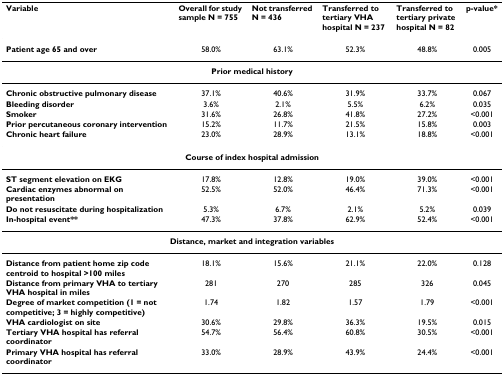
<table><thead><tr><td><b>Variable</b></td><td><b>Overall for study sample N = 755</b></td><td><b>Not transferred N = 436</b></td><td><b>Transferred to tertiary VHA hospital N = 237</b></td><td><b>Transferred to tertiary private hospital N = 82</b></td><td><b>p-value*</b></td></tr></thead><tbody><tr><td><b>Patient age 65 and over</b></td><td>58.0%</td><td>63.1%</td><td>52.3%</td><td>48.8%</td><td>0.005</td></tr><tr><td colspan="6"><b>Prior medical history</b></td></tr><tr><td><b>Chronic obstructive pulmonary disease</b></td><td>37.1%</td><td>40.6%</td><td>31.9%</td><td>33.7%</td><td>0.067</td></tr><tr><td><b>Bleeding disorder</b></td><td>3.6%</td><td>2.1%</td><td>5.5%</td><td>6.2%</td><td>0.035</td></tr><tr><td><b>Smoker</b></td><td>31.6%</td><td>26.8%</td><td>41.8%</td><td>27.2%</td><td>&lt;0.001</td></tr><tr><td><b>Prior percutaneous coronary intervention</b></td><td>15.2%</td><td>11.7%</td><td>21.5%</td><td>15.8%</td><td>0.003</td></tr><tr><td><b>Chronic heart failure</b></td><td>23.0%</td><td>28.9%</td><td>13.1%</td><td>18.8%</td><td>&lt;0.001</td></tr><tr><td colspan="6"><b>Course of index hospital admission</b></td></tr><tr><td><b>ST segment elevation on EKG</b></td><td>17.8%</td><td>12.8%</td><td>19.0%</td><td>39.0%</td><td>&lt;0.001</td></tr><tr><td><b>Cardiac enzymes abnormal on presentation</b></td><td>52.5%</td><td>52.0%</td><td>46.4%</td><td>71.3%</td><td>&lt;0.001</td></tr><tr><td><b>Do not resuscitate during hospitalization</b></td><td>5.3%</td><td>6.7%</td><td>2.1%</td><td>5.2%</td><td>0.039</td></tr><tr><td><b>In-hospital event**</b></td><td>47.3%</td><td>37.8%</td><td>62.9%</td><td>52.4%</td><td>&lt;0.001</td></tr><tr><td colspan="6"><b>Distance, market and integration variables</b></td></tr><tr><td><b>Distance from patient home zip code centroid to hospital &gt;100 miles</b></td><td>18.1%</td><td>15.6%</td><td>21.1%</td><td>22.0%</td><td>0.128</td></tr><tr><td><b>Distance from primary VHA to tertiary VHA hospital in miles</b></td><td>281</td><td>270</td><td>285</td><td>326</td><td>0.045</td></tr><tr><td><b>Degree of market competition (1 = not competitive; 3 = highly competitive)</b></td><td>1.74</td><td>1.82</td><td>1.57</td><td>1.79</td><td>&lt;0.001</td></tr><tr><td><b>VHA cardiologist on site</b></td><td>30.6%</td><td>29.8%</td><td>36.3%</td><td>19.5%</td><td>0.015</td></tr><tr><td><b>Tertiary VHA hospital has referral coordinator</b></td><td>54.7%</td><td>56.4%</td><td>60.8%</td><td>30.5%</td><td>&lt;0.001</td></tr><tr><td><b>Primary VHA hospital has referral coordinator</b></td><td>33.0%</td><td>28.9%</td><td>43.9%</td><td>24.4%</td><td>&lt;0.001</td></tr></tbody></table>